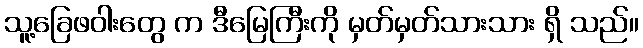
သူ့ခြေဖဝါးတွေ က ဒီမြေကြီးကို မှတ်မှတ်သားသား ရှိ သည်။